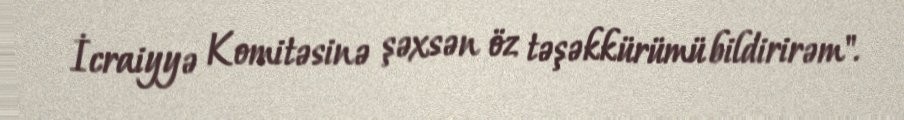
İcraiyyə Komitəsinə şəxsən öz təşəkkürümü bildirirəm".